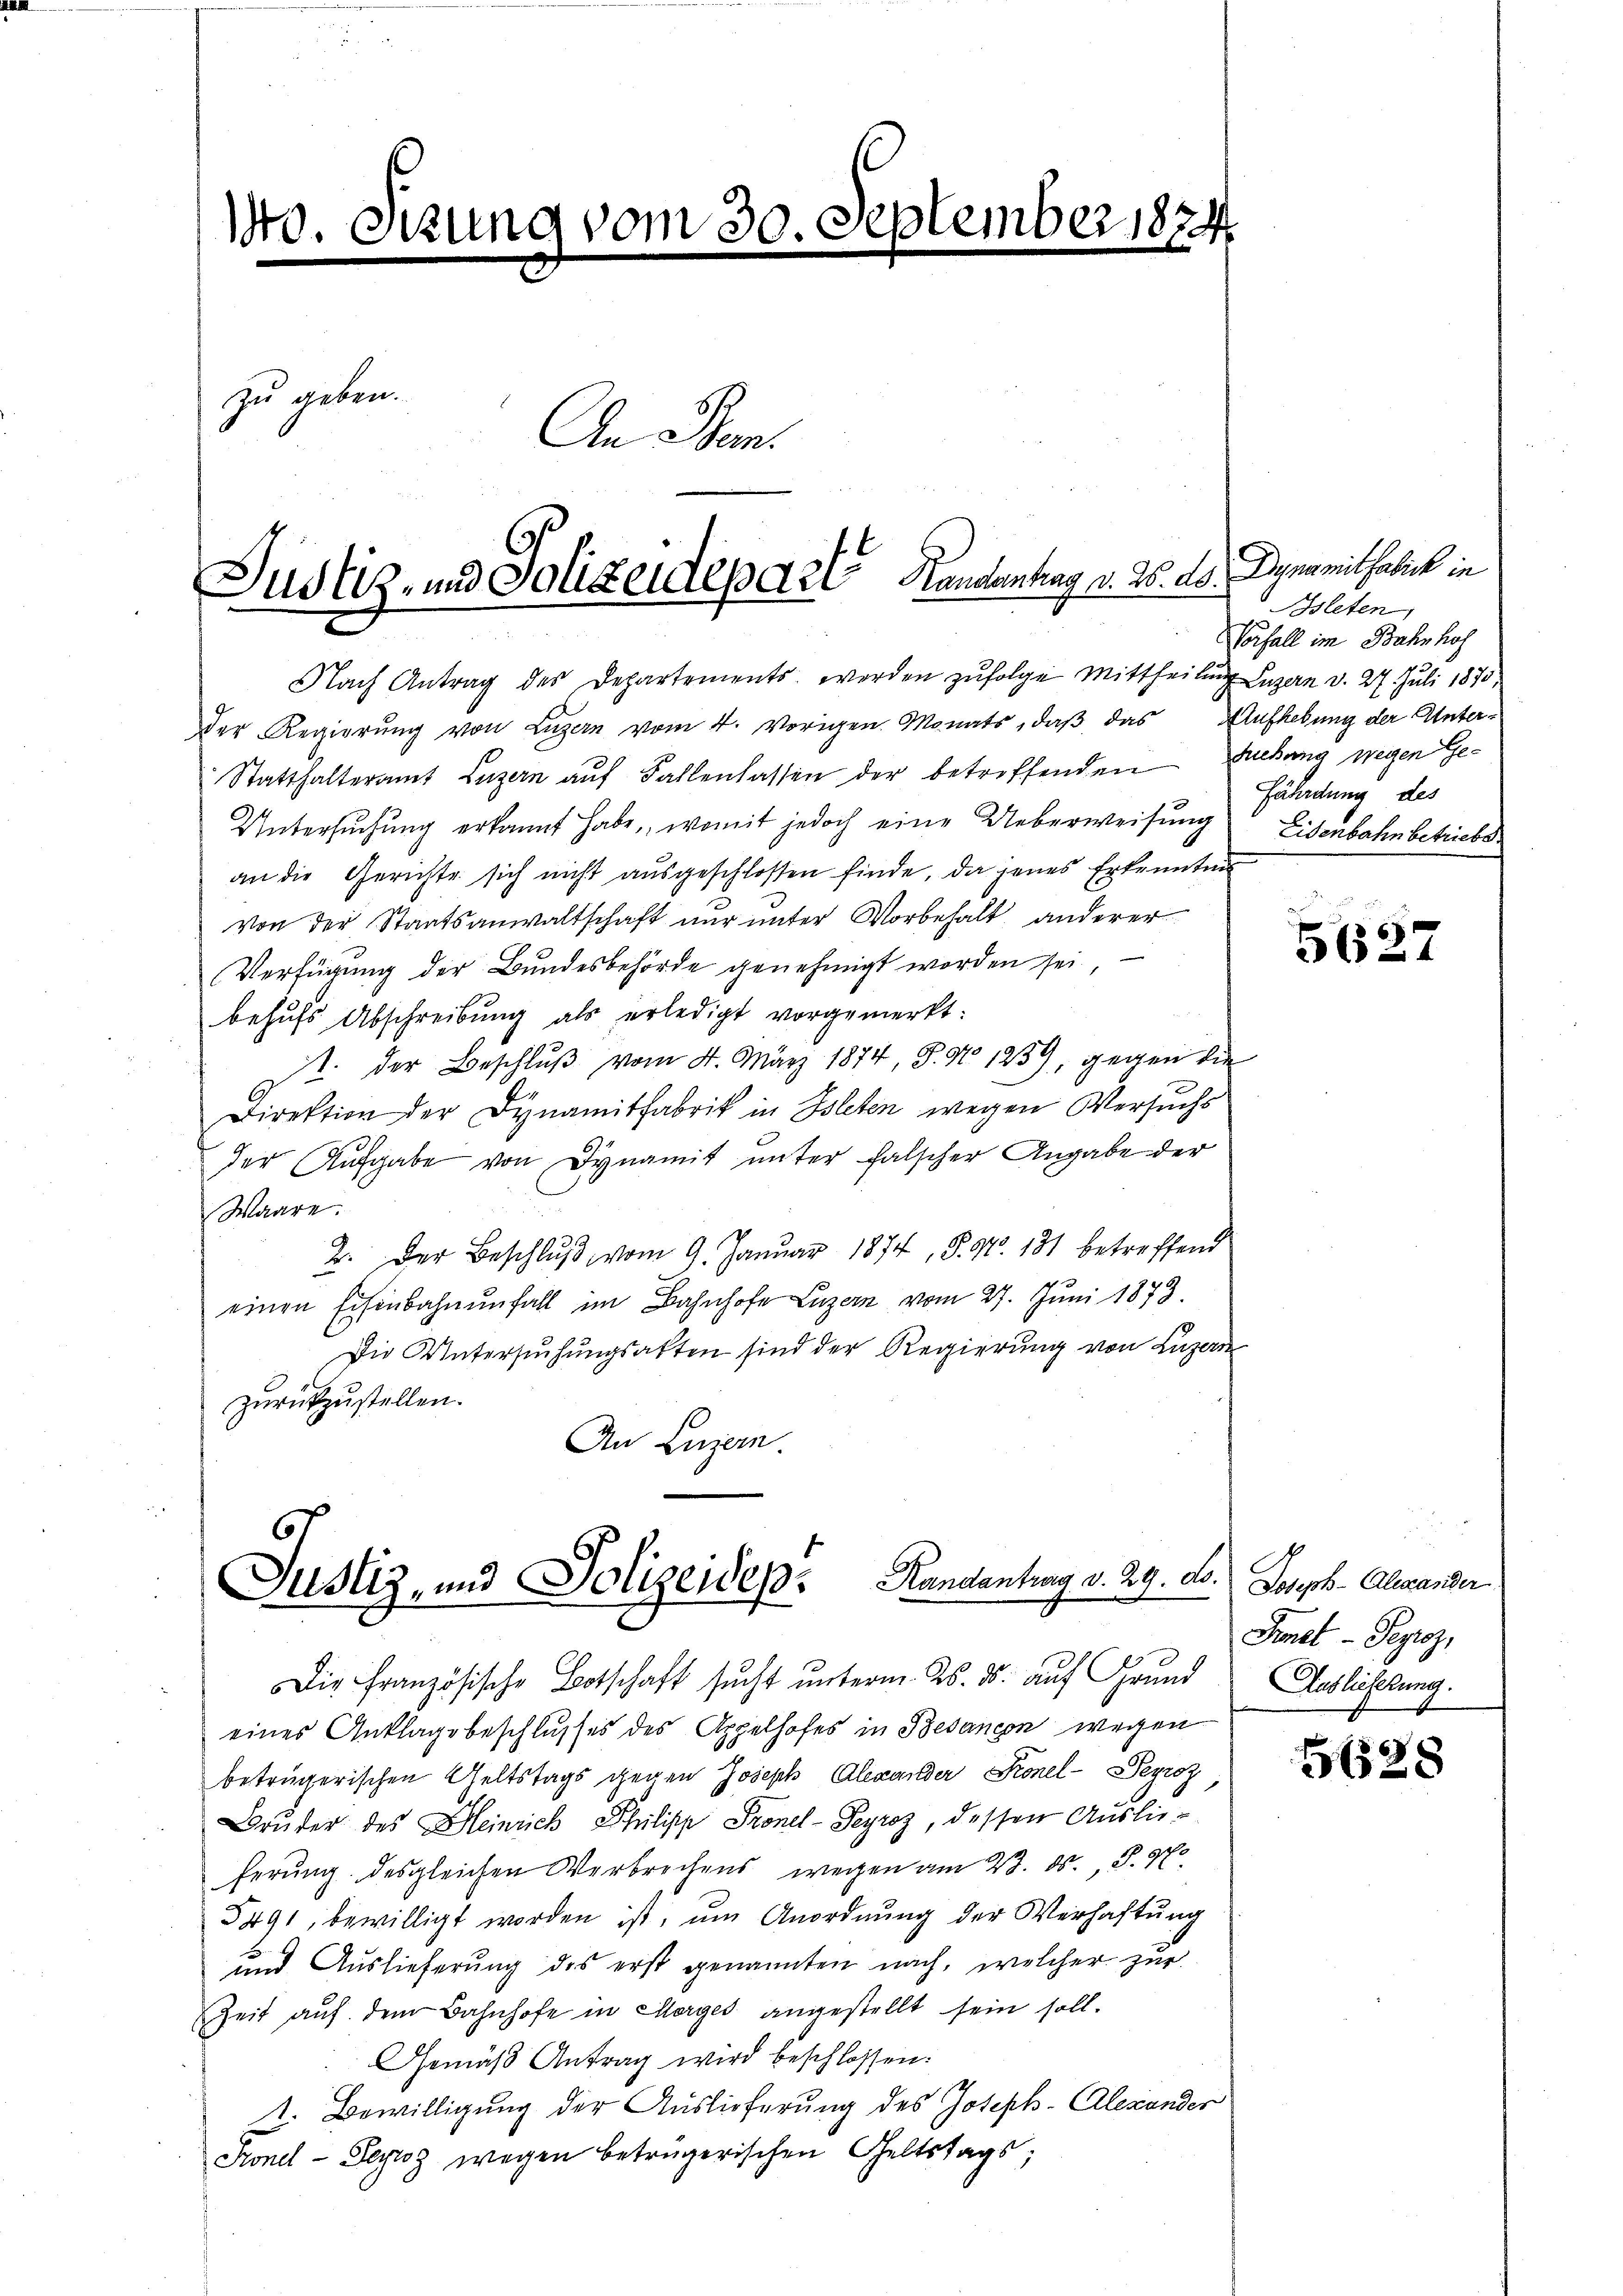
5.
10. Sitzung vom 30. September 1874
zu geben.
An Hrn.

Justiz- und Polizeidepart Handentrag v. 26. ds. Dynamithalick in

Nach Antrag des Departements, worden zufolge Mittheilung Luzern d. 27. Juli 1875,
der Regierŭng von Lŭzern vom 4. vorigen Monats, daβ das Aufhebung der Unter-
Statthalteramt Luzern aŭf Fallenlassen der betreffenden Eibang wegen Ge-
Untersŭchŭng erkannt habe, womit jedoch eine Ueberweisung Eisenbahnbetriebe
an die Gerichte sich nicht ausgeschlossen finde, da jenes Erkenntni
von der Staatsanwaltschaft nur unter Vorbehalt anderer
Verfügung der Bundesbehörde genehmigt worden sei,
behufs Abschreibung als erledigt vorgemerkt:
st. Der Beschlŭβ vom 4. März 1874, S. No 1239, gegen die
Direktion der Dynamitfabrik in Bleten wegen Versuchs
der Aufgabe von Dynamit unter falscher Angabe der
Waare.
2. Der Beschlŭβ vom 9. Januar 1874, S. Nr. 131 betreffend
einen Eisenbahnenfall im Bahnhofe Luzern vom 27. Juni 1873.
Die Untersuchungsakten sind der Regierung von Luzern
zurückzustellen.
An Luzern.

67
Justiz, und Polizeidep. Kandantrag v. 29. d. Joseph Alexander

Die Französische Botschaft sucht unterm 25. ds. auf Grund
eines Anklagsbeschlusses des Appelhofes in Besançon wegen
beträgerischen Geltstags gegen Joseph Alexander Fronel-Peyroz
Bruder des Heinrich Philipp Pronel-Peyroz, dessen Auslieferŭng desgleichen Verbrechens wegen am 23. ds., S. N
5491, bewilligt worden ist, um Anordnung der Verhaftung
und Auslieferung des erst genannten nach, welcher zur
Zeit aŭf dem Bahnhofe in Morges angestellt sein soll.
Gemäβ Antrag wird beschlossen:
d. Bewilligung der Auslieferung des Joseph-Alexander
Fonel-Peyzog wegen betrügerischen Geltstags;

5627

Bsleten,
Vorfall im Bahnhof
fährdung des

Fenst- Peyroz,
Auslieferung.

5628